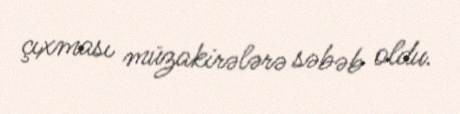
çıxması müzakirələrə səbəb oldu.